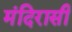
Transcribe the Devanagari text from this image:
मंदिरासी